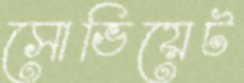
সোভিয়েট